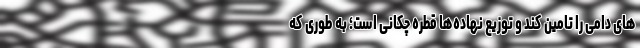
های دامی را تامین کند و توزیع نهاده‌ها قطره چکانی است؛ به طوری که